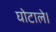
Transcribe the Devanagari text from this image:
घोटाले।